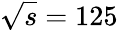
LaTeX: \sqrt{s}=125